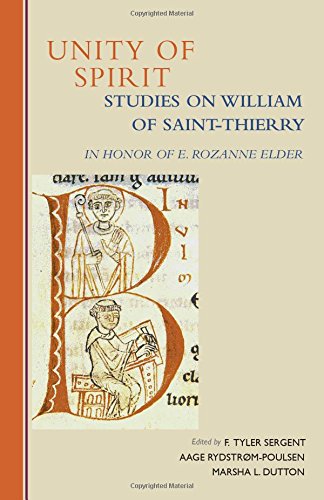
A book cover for Unity of Spirit: Studies on William Of Saint-Thierry in Honor of E. Rozanne Elder (Cistercian Studies); Christian Books & Bibles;